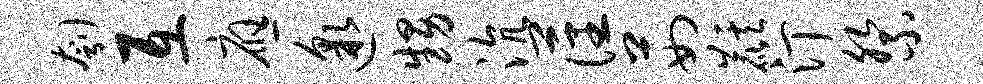
刳互应邈甥沆藩茹麒汀祭